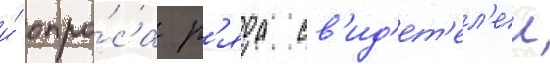
и́ опро́са р'яда св'ид'ет'ел'еи